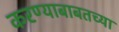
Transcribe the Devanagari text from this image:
करण्याबाबतच्या